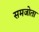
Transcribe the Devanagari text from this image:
समजोता